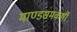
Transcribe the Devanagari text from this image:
माण्डसमकर्षी